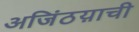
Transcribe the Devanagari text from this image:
अजिंठय़ाची